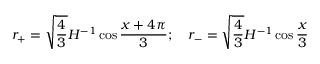
r _ { + } = \sqrt { \frac { 4 } { 3 } } H ^ { - 1 } \cos { \frac { x + 4 \pi } { 3 } } ; \quad r _ { - } = \sqrt { \frac { 4 } { 3 } } H ^ { - 1 } \cos { \frac { x } { 3 } }